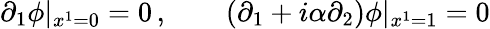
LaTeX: \partial_{1}\phi|_{x^{1}=0}=0\, ,\qquad(\partial_{1}+i\alpha\partial_{2})\phi|_{x^{1}=1}=0